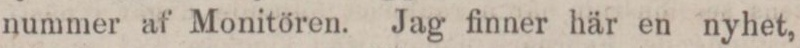
nummer af Monitören. Jag finner här en nyhet,